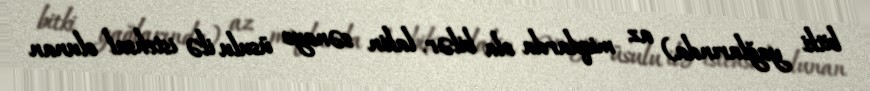
bitki yağlarında) az miqdarda ola bilər, lakin sənaye üsulu ilə istehsal olunan